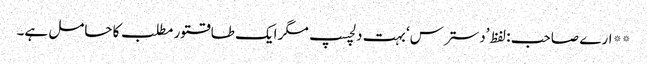
** ارے صاحب : لفظ ’دسترس‘ بہت دلچسپ مگر ایک طاقتور مطلب کا حامل ہے۔